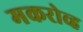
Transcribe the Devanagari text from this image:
मकरोव्ह